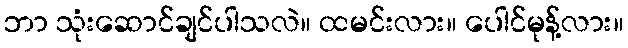
ဘာ သုံးဆောင်ချင်ပါသလဲ။ ထမင်းလား။ ပေါင်မုန့်လား။